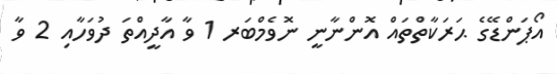
އޯޕަންޑޭގެ ޙަރަކާތްތައް އޮންނާނީ ނޮވެމްބަރ 1 ވާ އާދީއްތަ ދުވަހާއި 2 ވާ